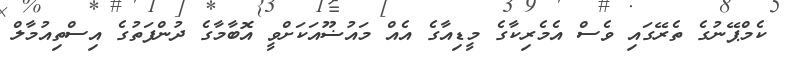
ކެމްޕޭނުގެ ތެރޭގައި ވެސް އެމެރިކާގެ މީޑިއާގެ އެއް މައުޟޫއަކަށްވީ އޮބާމާގެ ދުންފަތުގެ އިސްތިއުމާލް